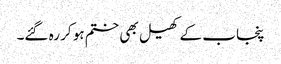
پنجاب کے کھیل بھی ختم ہو کر رہ گئے۔